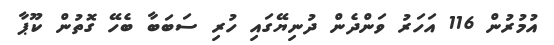
އުމުރުން 116 އަހަރު ވަންދެން ދުނިޔޭގައި ހުރި ސަބަބާ ބެހޭ ގޮތުން ކޫޕާ